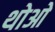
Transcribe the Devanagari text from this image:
थोआे